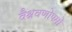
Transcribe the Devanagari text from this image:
वैश्रवणोपमो